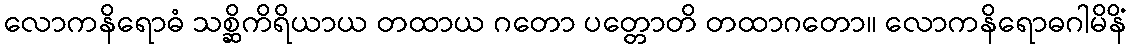
လောကနိရောဓံ သစ္ဆိကိရိယာယ တထာယ ဂတော ပတ္တောတိ တထာဂတော။ လောကနိရောဓဂါမိနိံ